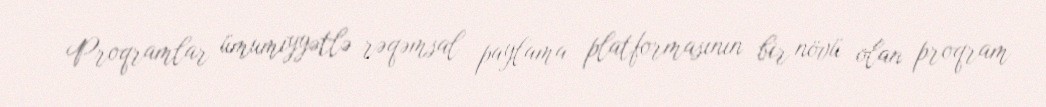
Proqramlar ümumiyyətlə rəqəmsal paylama platformasının bir növü olan proqram